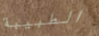
الطبيبة